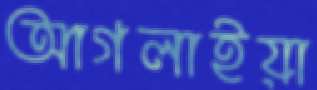
আগলাইয়া